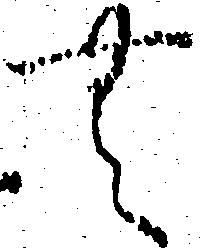
無